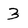
Character: 3